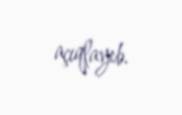
açıqlayıb.